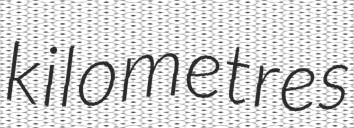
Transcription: kilometres